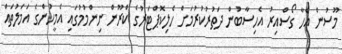
މޫސުން އެހާ ގޯސްއިރު އެހިސާބުން ދަތުރުކުރުމަށް ހެލިކޮޕްޓަރުގެ ކްރޫން ނިންމުމުގައި އެމީހުންގެ އަމަލުތައް